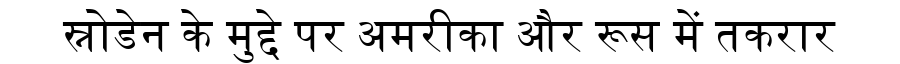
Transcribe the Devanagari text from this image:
स्नोडेन के मुद्दे पर अमरीका और रूस में तकरार